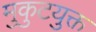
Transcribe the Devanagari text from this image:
मुकुटयुक्त